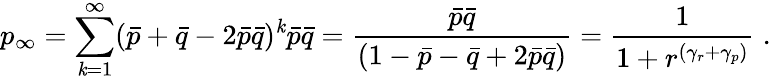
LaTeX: p_{\infty}=\sum_{\mathit{k}=1}^{\infty}(\bar{{p}}+\bar{{q}}-2\bar{{p}}\bar{{q}})^{\mathit{k}}\bar{{p}}\bar{{q}}=\frac{{\bar{{p}}\bar{{q}}}}{{(1-\bar{{p}}-\bar{{q}}+2\bar{{p}}\bar{{q}})}}=\frac{{1}}{{1+r^{(\gamma_{r}+\gamma_{p})}}}\; .